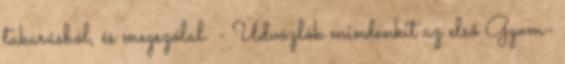
takarásból, és megszólal. - Üdvözlök mindenkit az első Gyom-